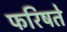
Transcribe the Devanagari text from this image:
फरिषते